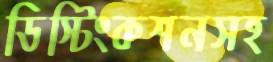
ডিস্টিংকশনসহ